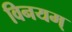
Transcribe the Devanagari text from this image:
विनयम्